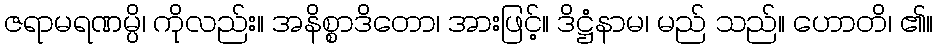
ဇရာမရဏမ္ပိ၊ ကိုလည်း။ အနိစ္စာဒိတော၊ အားဖြင့်။ ဒိဋ္ဌံနာမ၊ မည် သည်။ ဟောတိ၊ ၏။